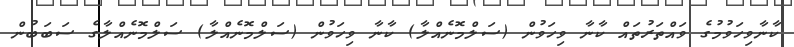
ކާނާވިހަވުމުގެ ވައްތަރުތައް ކާނާ ވިހަވުން (ސަލްމޮނެއްލާ) ކާނާ ވިހަވުން (ސަލްމޮނެއްލާ) ސަލްމޮނެއްލާގެ ސަބަބުން